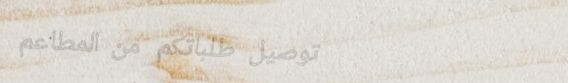
توصيل طلباتكم من المطاعم